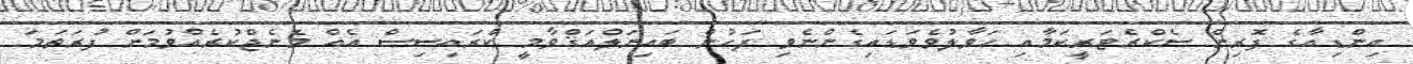
އިންޑިއާގެ ފޮރިން ސެކްރެޓަރީކަމާއި ހަވާލުވެވަޑައިގެންނެވި ފަހުން ބައިނަލްއަޤްވާމީ ކްރައިސިސް އެއް މެނެޖްކުރެއްވުމަށް ފުރަތަމަ